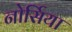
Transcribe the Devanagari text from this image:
नोर्सिया